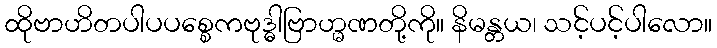
ထိုဗာဟိတပါပပစ္စေကဗုဒ္ဓါဗြာဟ္မဏတို့ကို။ နိမန္တယ၊ သင့်ပင့်ပါလော။